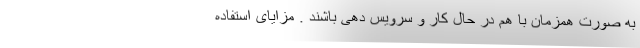
به صورت همزمان با هم در حال کار و سرویس دهی باشند . مزایای استفاده